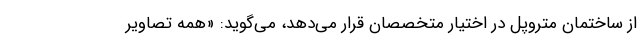
از ساختمان متروپل در اختیار متخصصان قرار می‌دهد، می‌گوید: «همه تصاویر